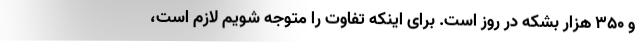
و 350 هزار بشكه در روز است. برای اینكه تفاوت را متوجه شویم لازم است،